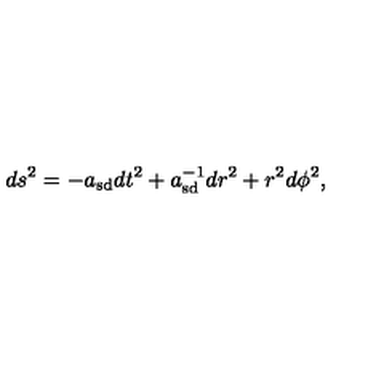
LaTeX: d s ^ { 2 } = - a _ { \mathrm { s d } } d t ^ { 2 } + a _ { \mathrm { s d } } ^ { - 1 } d r ^ { 2 } + r ^ { 2 } d \phi ^ { 2 } ,